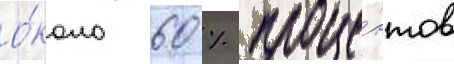
о́коло 60 % проце́нтов